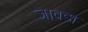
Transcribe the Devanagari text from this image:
जावडा